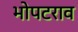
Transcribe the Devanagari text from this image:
भोपटराव